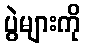
ပွဲများကို